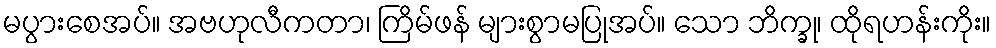
မပွားစေအပ်။ အဗဟုလီကတာ၊ ကြိမ်ဖန် များစွာမပြုအပ်။ သော ဘိက္ခု၊ ထိုရဟန်းကိုး။